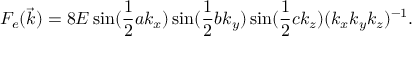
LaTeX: F _ { e } ( \vec { k } ) = 8 E \sin ( \frac { 1 } { 2 } a k _ { x } ) \sin ( \frac { 1 } { 2 } b k _ { y } ) \sin ( \frac { 1 } { 2 } c k _ { z } ) ( k _ { x } k _ { y } k _ { z } ) ^ { - 1 } .